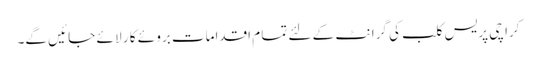
کرا چی پریس کلب کی گرا نٹ کے لئے تما م اقدامات برو ئے کا ر لا ئے جا ئیں گے۔